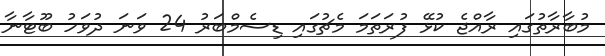
މުބާރާތުގައި ރާއްޖެ ކުޅޭ ފުރަތަމަ މެޗުގައި ޑިސެމްބަރު 24 ވަނަ ދުވަހު ބޫޓާނާ